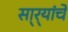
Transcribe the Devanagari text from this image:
सा्र्‍यांचे